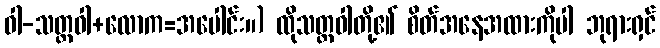
ဝါ-သတ္တဝါ+လောက=အပေါင်း။) ထိုသတ္တဝါတို့၏ စိတ်အနေအထားကိုပါ ဘုရားရှင်